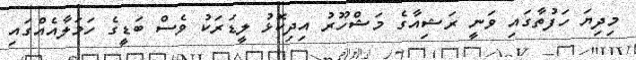
މިދިޔަ ހަފުތާގައި ވަނީ ރަޝިއާގެ މަޝްހޫރު އިދިކޮޅު ލީޑަރަކު ވެސް ބަޑީގެ ހަމަލާއެއްގައި